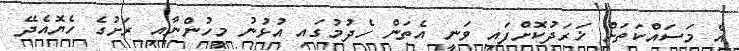
އެ މަސައްކަތަށް ޚަރަދުކޮށްފައި ވަނީ އެތަން ހެދުމުގައި އުޅުނު މީހުންނާއި ރަށުގެ ހެޔޮއެދޭ